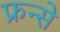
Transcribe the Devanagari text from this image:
फ्रन्से